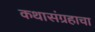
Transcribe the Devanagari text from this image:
कथासंग्रहाचा